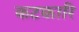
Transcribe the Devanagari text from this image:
कटकारि